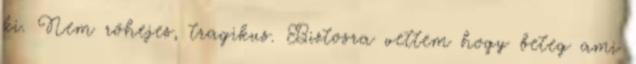
ki. Nem röhejes, tragikus. Biztosra vettem hogy beteg ami